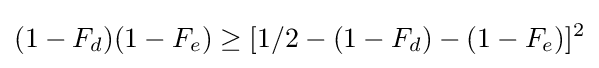
(1-F_{d})(1-F_{e})\geq [1/2-(1-F_{d})-(1-F_{e})]^{2}